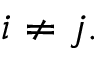
i \neq j .